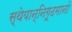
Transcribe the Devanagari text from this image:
स्थेयान्निगूढमानो